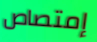
إمتصاص